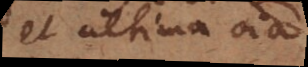
et ultima omnia.